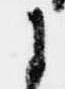
に